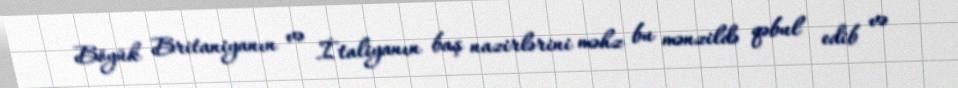
Böyük Britaniyanın və İtaliyanın baş nazirlərini məhz bu mənzildə qəbul edib və